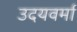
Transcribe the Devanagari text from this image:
उदयवर्मा